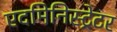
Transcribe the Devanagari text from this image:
एदमिनिस्ट्रेटर